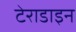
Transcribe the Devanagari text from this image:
टेराडाइन